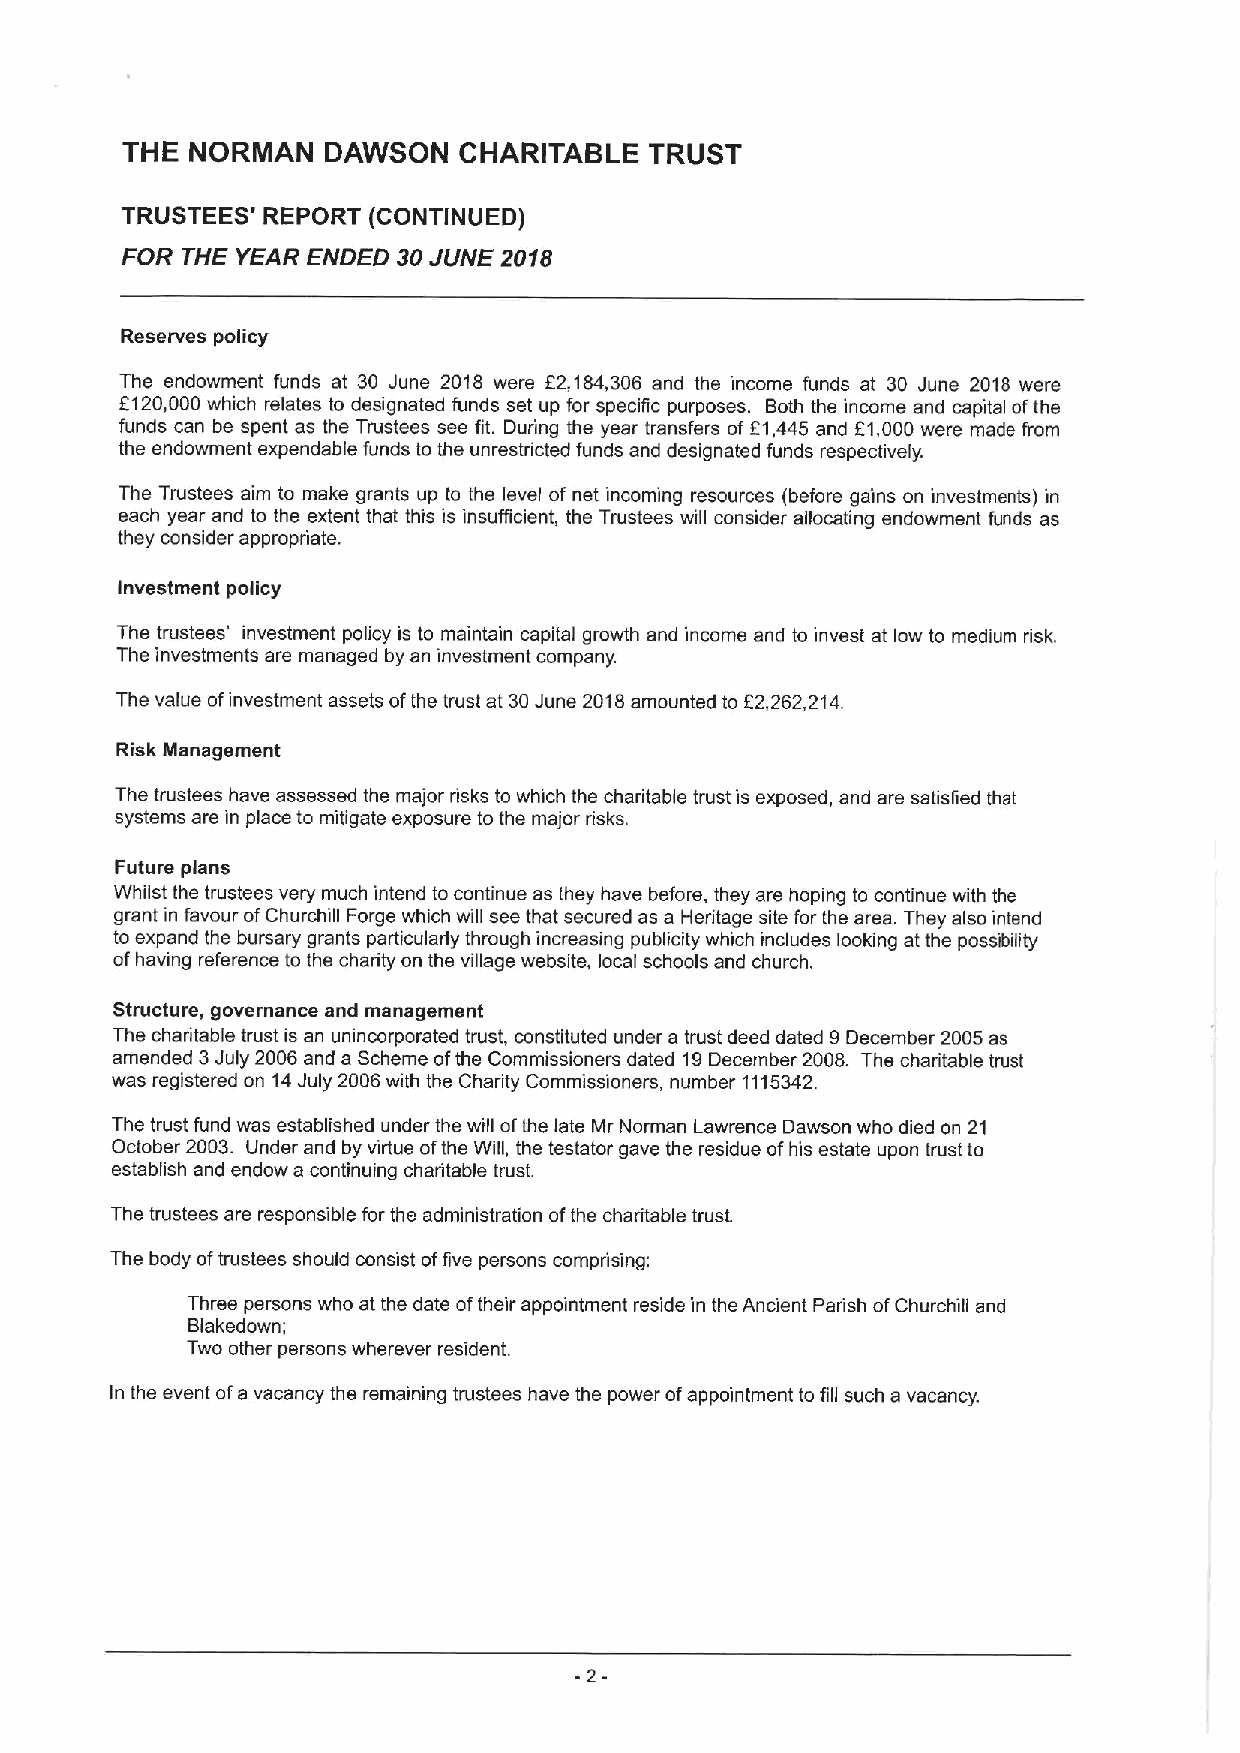
THE  NORMAN   DAWSON  CHARITABLE   TRUST
 TRUSTEES' REPORT (CONTINUED)
 FOR THE YEAR ENDED 30JUNE 2018
 Reserves policy
 The endowment funds at 30 June 2018 were f2,184,306 and the income funds at 30 June 2018 were
 5120,000 which relates to designated funds set up for specific purposes. Both the income and capital ofthe
 funds can be spent as the Trustees see fit. Duiing the year transfers of 51,445 and 61,000were made from
 the endowment expendable funds to the unrestricted funds and designated funds respectively.
 The Trustees aim to make grants up to the level of net incoming resources (before gains on investments) in
 each year and to the extent that this is insufficient, the Trustees will consider allocating endowment funds as
 they consider appropriate.
 Investment policy
 The trustees' investment policy is to maintain capital growth and income and to invest at low to medium risk.
 The investments are managed by an investment company.
 The value ofinvestment assets ofthe trust at 30June 2018amounted to 62,262,214.
 Risk Management
 The trustees have assessed the major disks to which the charitable trust is exposed, and are satisfied that
 systems are in place to mitigate exposure to the major risks.
 Future plans
 Whilst the trustees very much intend to continue as they have before, they are hoping to continue with the
 grant in favour ofChurchill Forge which will see that secured as a Heritage site for the area. They also intend
 to expand the bursary grants particularly through increasing publicity which includes looking at the possibility
 ofhaving reference to the charity on the village website, local schools and church.
 Structure, governance and management
 The charitable trust is an unincorporated trust, constituted under a trust deed dated 9December 2005as
 amended 3July 2006 and a Scheme ofthe Commissioners dated 19December 2008. The charitable trust
 was registered on 14July 2006with the Charity Commissioners, number 1115342.
 The trust fund was established under the will ofthe late Mr Norman Lawrence Dawson who died on 21
 October 2003. Under and by virtue ofthe Will, the testator gave the residue ofhis estate upon trust to
 establish and endow a continuing charitable trust.
 The trustees are responsible for the administration ofthe charitable trust.
 The body oftrustees should consist offive persons compdising:
 Three persons who at the date oftheir appointment reside in the Ancient Padish ofChurchill and
 Blakedown;
 Two other persons wherever resident.
 In the event ofa vacancy the remaining trustees have the power ofappointment to fill such a vacancy.